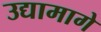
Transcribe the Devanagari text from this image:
उद्यामागे